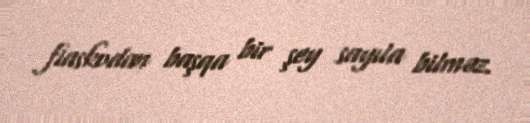
fiaskodan başqa bir şey sayıla bilməz.